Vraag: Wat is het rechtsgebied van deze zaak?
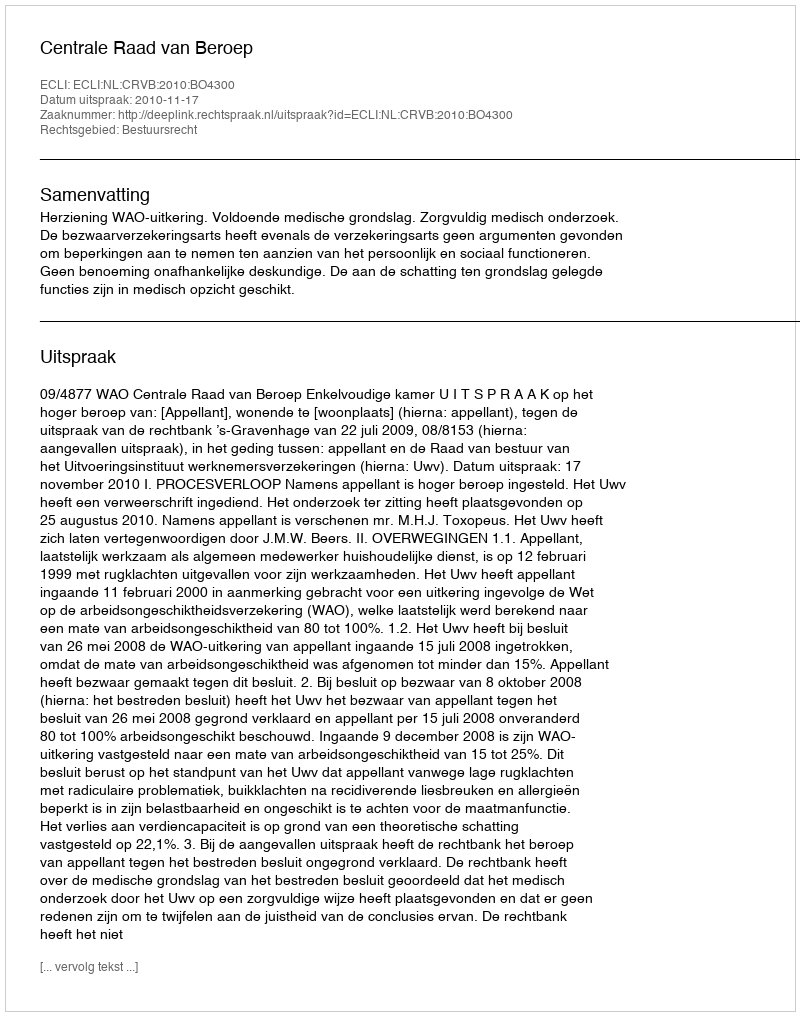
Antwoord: Bestuursrecht